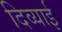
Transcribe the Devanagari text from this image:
दिव्याई